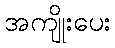
အကျိုးပေး